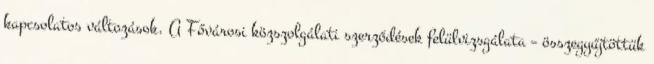
kapcsolatos változások. A Fővárosi közszolgálati szerződések felülvizsgálata – összegyűjtöttük